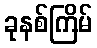
ခုနစ်ကြိမ်